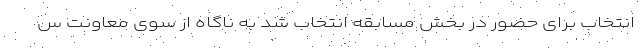
انتخاب برای حضور در بخش مسابقه انتخاب شد به ناگاه از سوی معاونت س